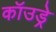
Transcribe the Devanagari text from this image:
कॉउड्रे